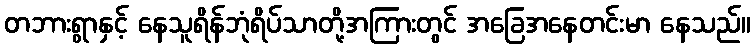
တဘားရွာနှင့် နေသူရိန်ဘုံရိပ်သာတို့အကြားတွင် အခြေအနေတင်းမာ နေသည်။